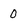
Character: 0